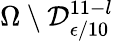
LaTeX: \Omega\setminus\mathcal{D}_{\epsilon/10}^{11-l}